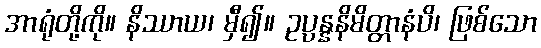
အာရုံတို့ကို။ နိဿာယ၊ မှီ၍။ ဥပ္ပန္နနိမိတ္တာနံပိ၊ ဖြစ်သော